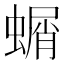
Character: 𮔱